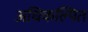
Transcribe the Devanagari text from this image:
अधिकल्पित